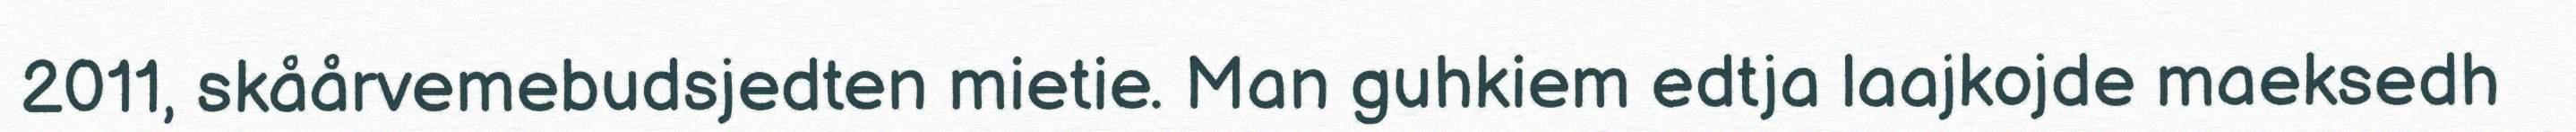
2011, skåårvemebudsjedten mietie. Man guhkiem edtja laajkojde maeksedh